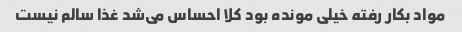
مواد بکار رفته خیلی مونده بود کلا احساس می‌شد غذا سالم نیست